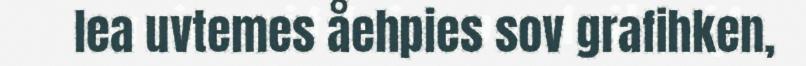
lea uvtemes åehpies sov grafihken,